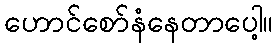
ဟောင်စော်နံနေတာပေါ့။